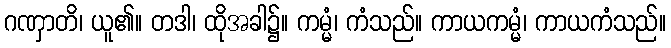
ဂဏှာတိ၊ ယူ၏။ တဒါ၊ ထိုအခါ၌။ ကမ္မံ၊ ကံသည်။ ကာယကမ္မံ၊ ကာယကံသည်။